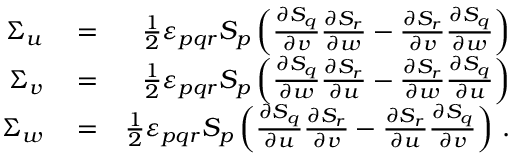
\begin{array} { r l r } { \Sigma _ { u } } & { { } = } & { \frac { 1 } { 2 } \varepsilon _ { p q r } S _ { p } \left( \frac { \partial S _ { q } } { \partial v } \frac { \partial S _ { r } } { \partial w } - \frac { \partial S _ { r } } { \partial v } \frac { \partial S _ { q } } { \partial w } \right) } \\ { \Sigma _ { v } } & { { } = } & { \frac { 1 } { 2 } \varepsilon _ { p q r } S _ { p } \left( \frac { \partial S _ { q } } { \partial w } \frac { \partial S _ { r } } { \partial u } - \frac { \partial S _ { r } } { \partial w } \frac { \partial S _ { q } } { \partial u } \right) } \\ { \Sigma _ { w } } & { { } = } & { \frac { 1 } { 2 } \varepsilon _ { p q r } S _ { p } \left( \frac { \partial S _ { q } } { \partial u } \frac { \partial S _ { r } } { \partial v } - \frac { \partial S _ { r } } { \partial u } \frac { \partial S _ { q } } { \partial v } \right) \, . } \end{array}